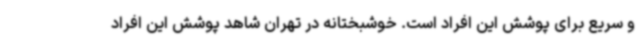
و سریع برای پوشش این افراد است. خوشبختانه در تهران شاهد پوشش این افراد